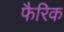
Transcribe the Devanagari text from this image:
फैरिक